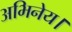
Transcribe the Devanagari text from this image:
अभिनेय।